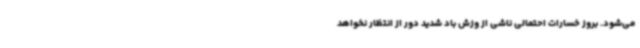
می‌شود. بروز خسارات احتمالی ناشی از وزش باد شدید دور از انتظار نخواهد